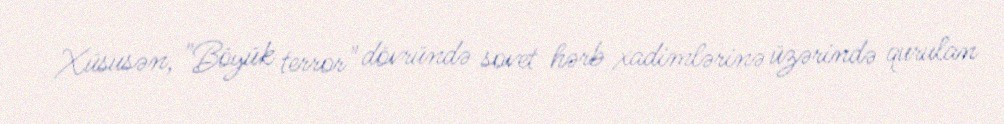
Xüsusən, "Böyük terror" dövründə sovet hərb xadimlərinə üzərində qurulan